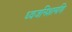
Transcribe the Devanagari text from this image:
ध्वजनिशामणि